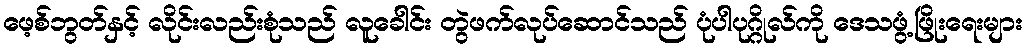
ဖေ့စ်ဘွတ်နှင့် လိုင်းလည်းစုံသည် လူခေါင်း တွဲဖက်လုပ်ဆောင်သည် ပုံပါပုဂ္ဂိုလ်ကို ဒေသဖွံ့ဖြိုးရေးများ